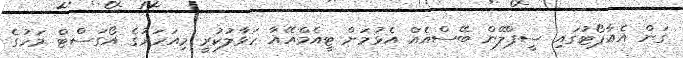
ގަން އެއާޕޯޓުގައި ސީޕްލޭން ބޭސްއެއް އެޅުމަށް ޓީއެމްއޭއާ ހަވާލުކުރީ މިއަހަރުގެ އޯގަސްޓް މަހުގެ